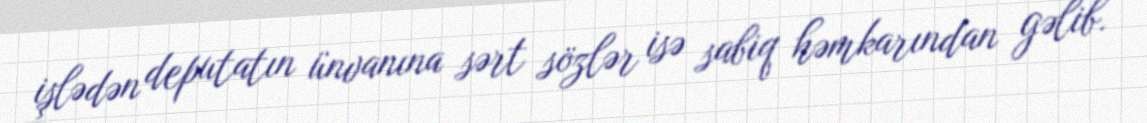
işlədən deputatın ünvanına sərt sözlər isə sabiq həmkarından gəlib.